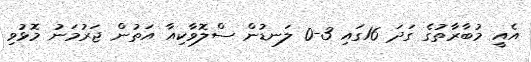
އެއީ މުބާރާތުގެ ގަދަ 16ގައި 3-0 ލަނޑުން ސްލޮވާކިއާ އަތުން ޖަރުމަނު މޮޅުވި